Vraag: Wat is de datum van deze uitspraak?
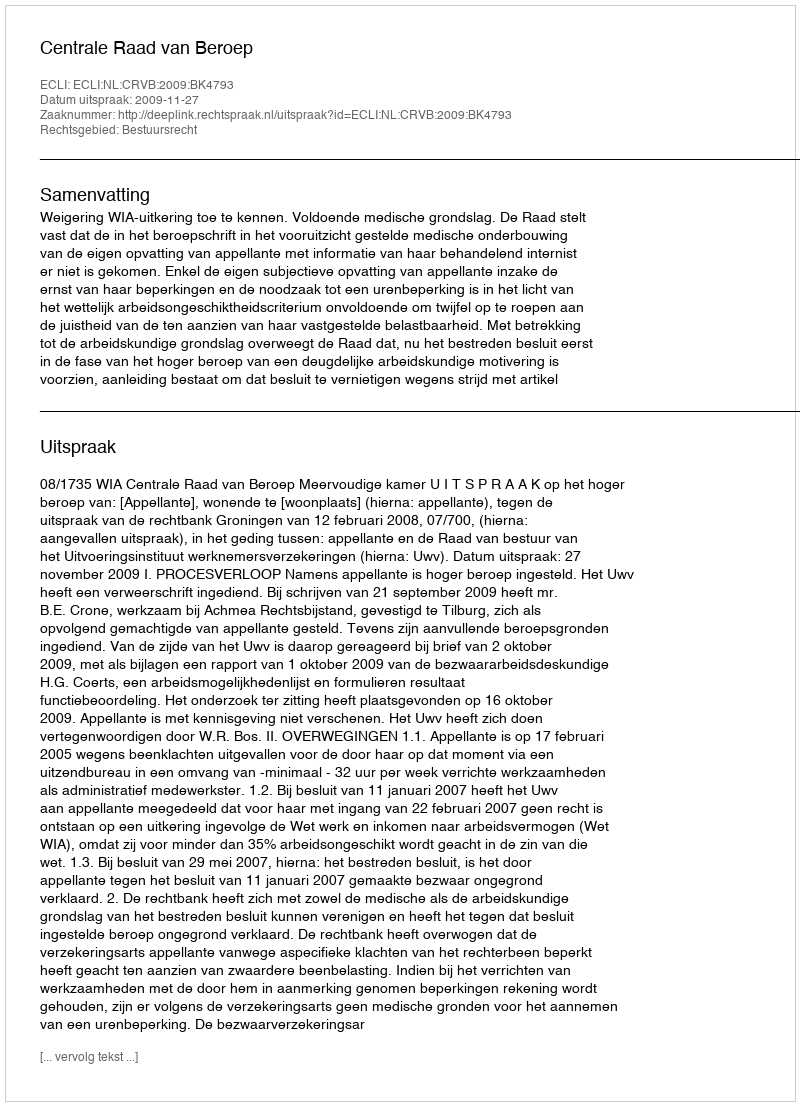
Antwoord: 2009-11-27